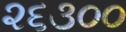
૨૬૩૦૦